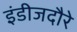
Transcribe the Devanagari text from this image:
इंडीजदौरे